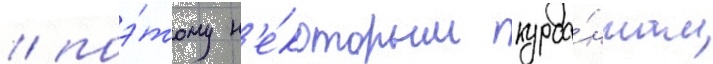
/ поэ́тому н'е́которым курса́нтам